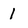
Character: 1